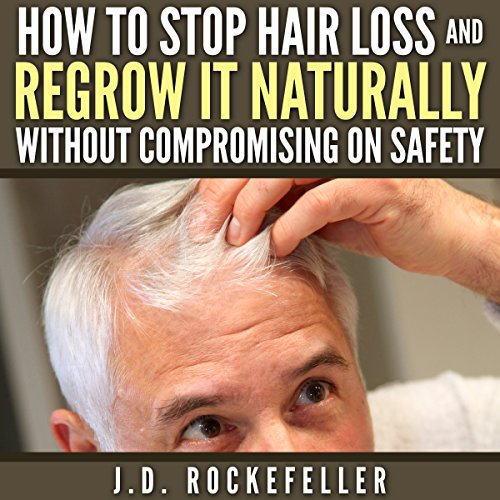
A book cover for How to Stop Hair Loss and Regrow It Naturally Without Compromising on Safety; J. D. Rockefeller; Health, Fitness & Dieting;